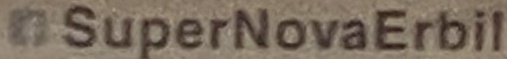
SperNovaErbil